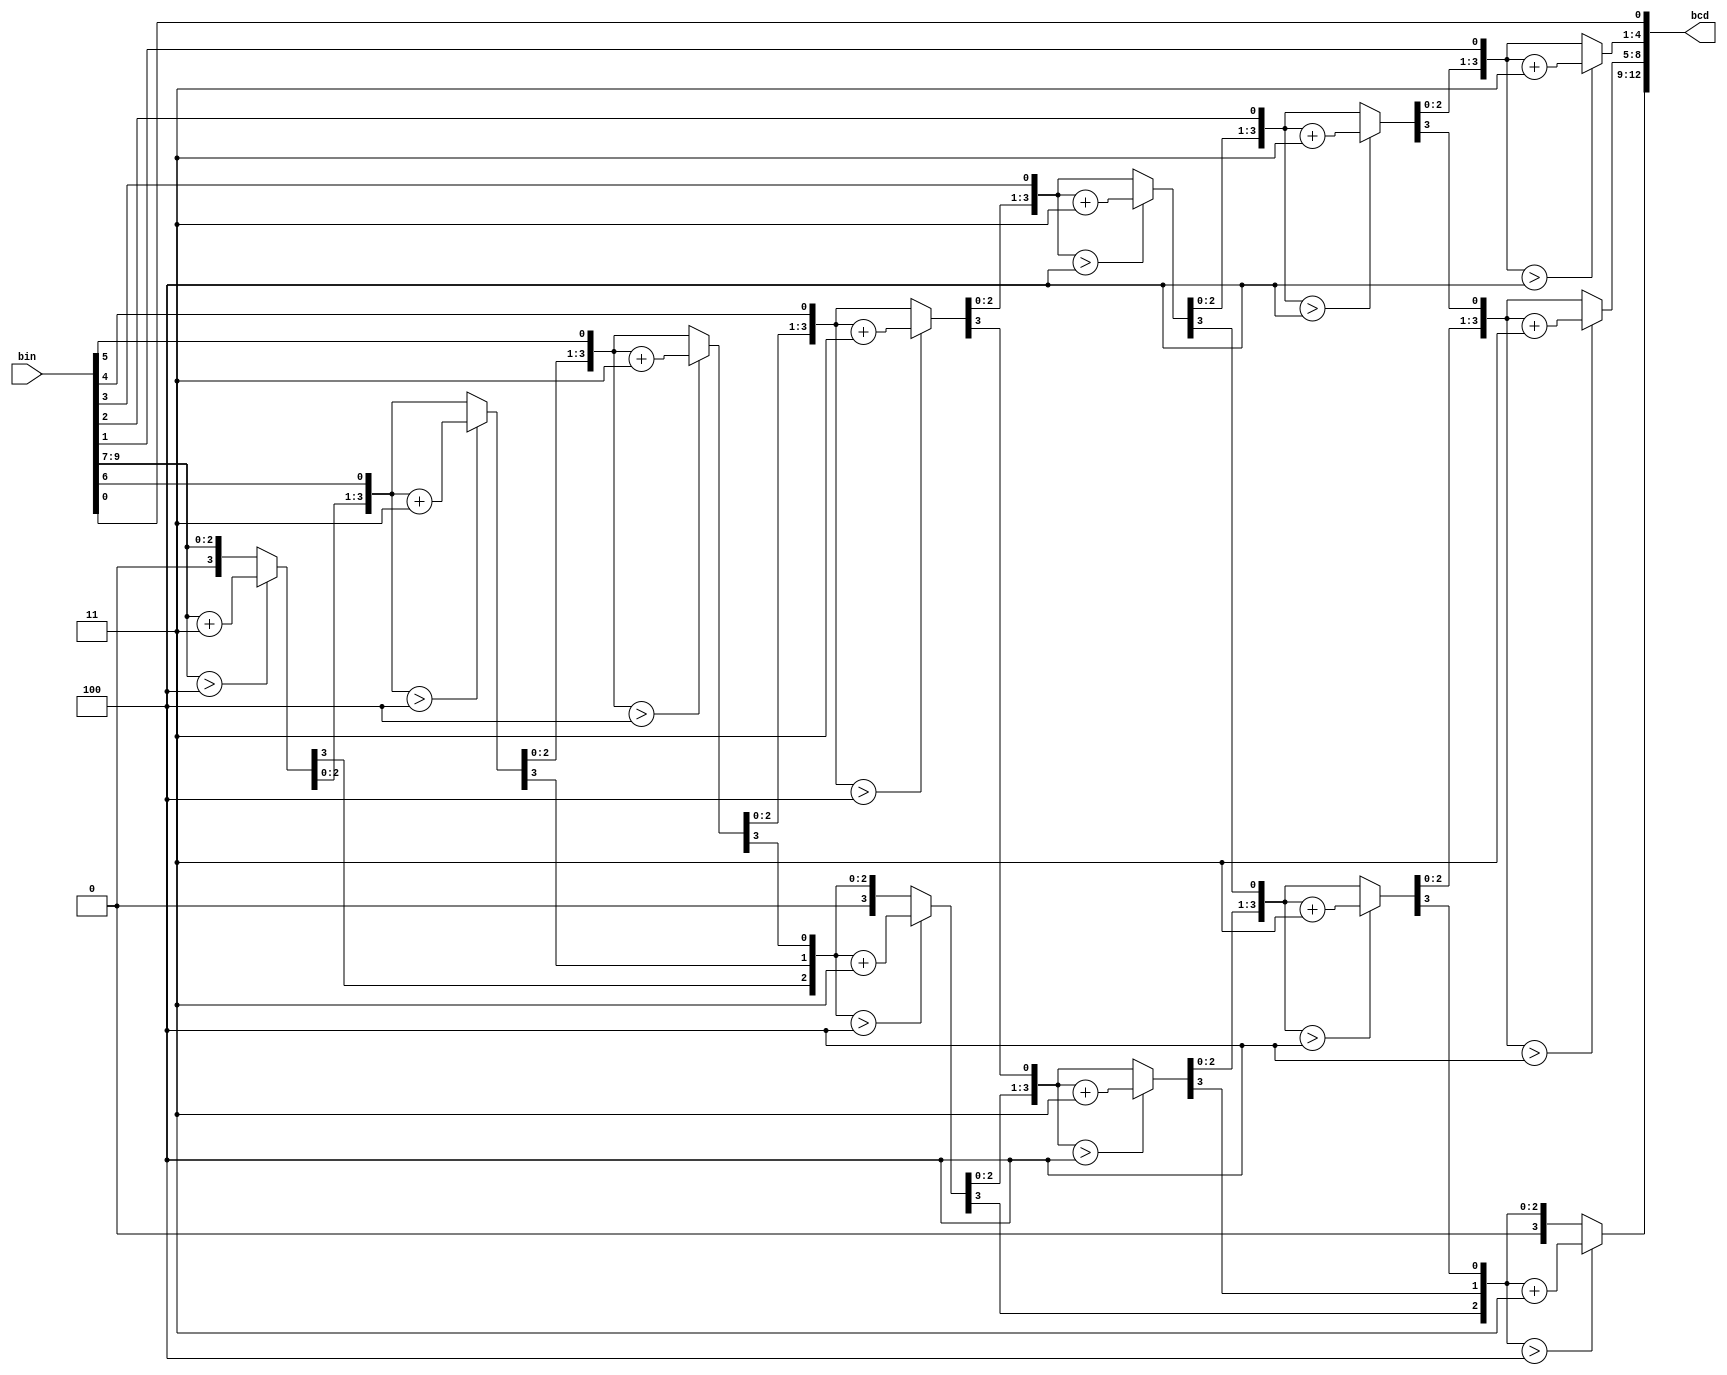
module bin2bcd
 #( parameter                W = 10)  // input width
  ( input      [W-1      :0] bin   ,  // binary
    output reg [4 *((W+(W-4)) / 3):0] bcd   ); // bcd {...,thousands,hundreds,tens,ones}

  integer i,j;

  always @(bin) begin
    for(i = 0; i <= W+(W-4)/3; i = i+1) bcd[i] = 0;     // initialize with zeros
    bcd[W-1:0] = bin;                                   // initialize with input vector
    for(i = 0; i <= W-4; i = i+1)                       // iterate on structure depth
      for(j = 0; j <= i/3; j = j+1)                     // iterate on structure width
        if (bcd[W-i+4*j -: 4] > 4)                      // if > 4
          bcd[W-i+4*j -: 4] = bcd[W-i+4*j -: 4] + 4'd3; // add 3
  end
endmodule